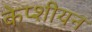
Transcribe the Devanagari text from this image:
केप्शीयन